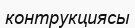
контрукциясы